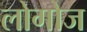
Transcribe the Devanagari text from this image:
लोगोज